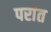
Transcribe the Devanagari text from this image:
परांत